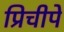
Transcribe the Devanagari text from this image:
प्रिचीपे